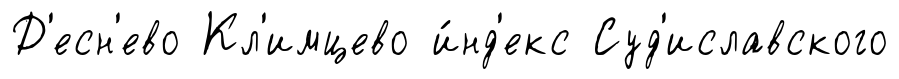
Д'есн'ево Кл'имцево и́нд'екс Суд'иславского